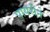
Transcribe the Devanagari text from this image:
पायरीने